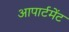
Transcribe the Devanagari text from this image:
आपार्टमेंट